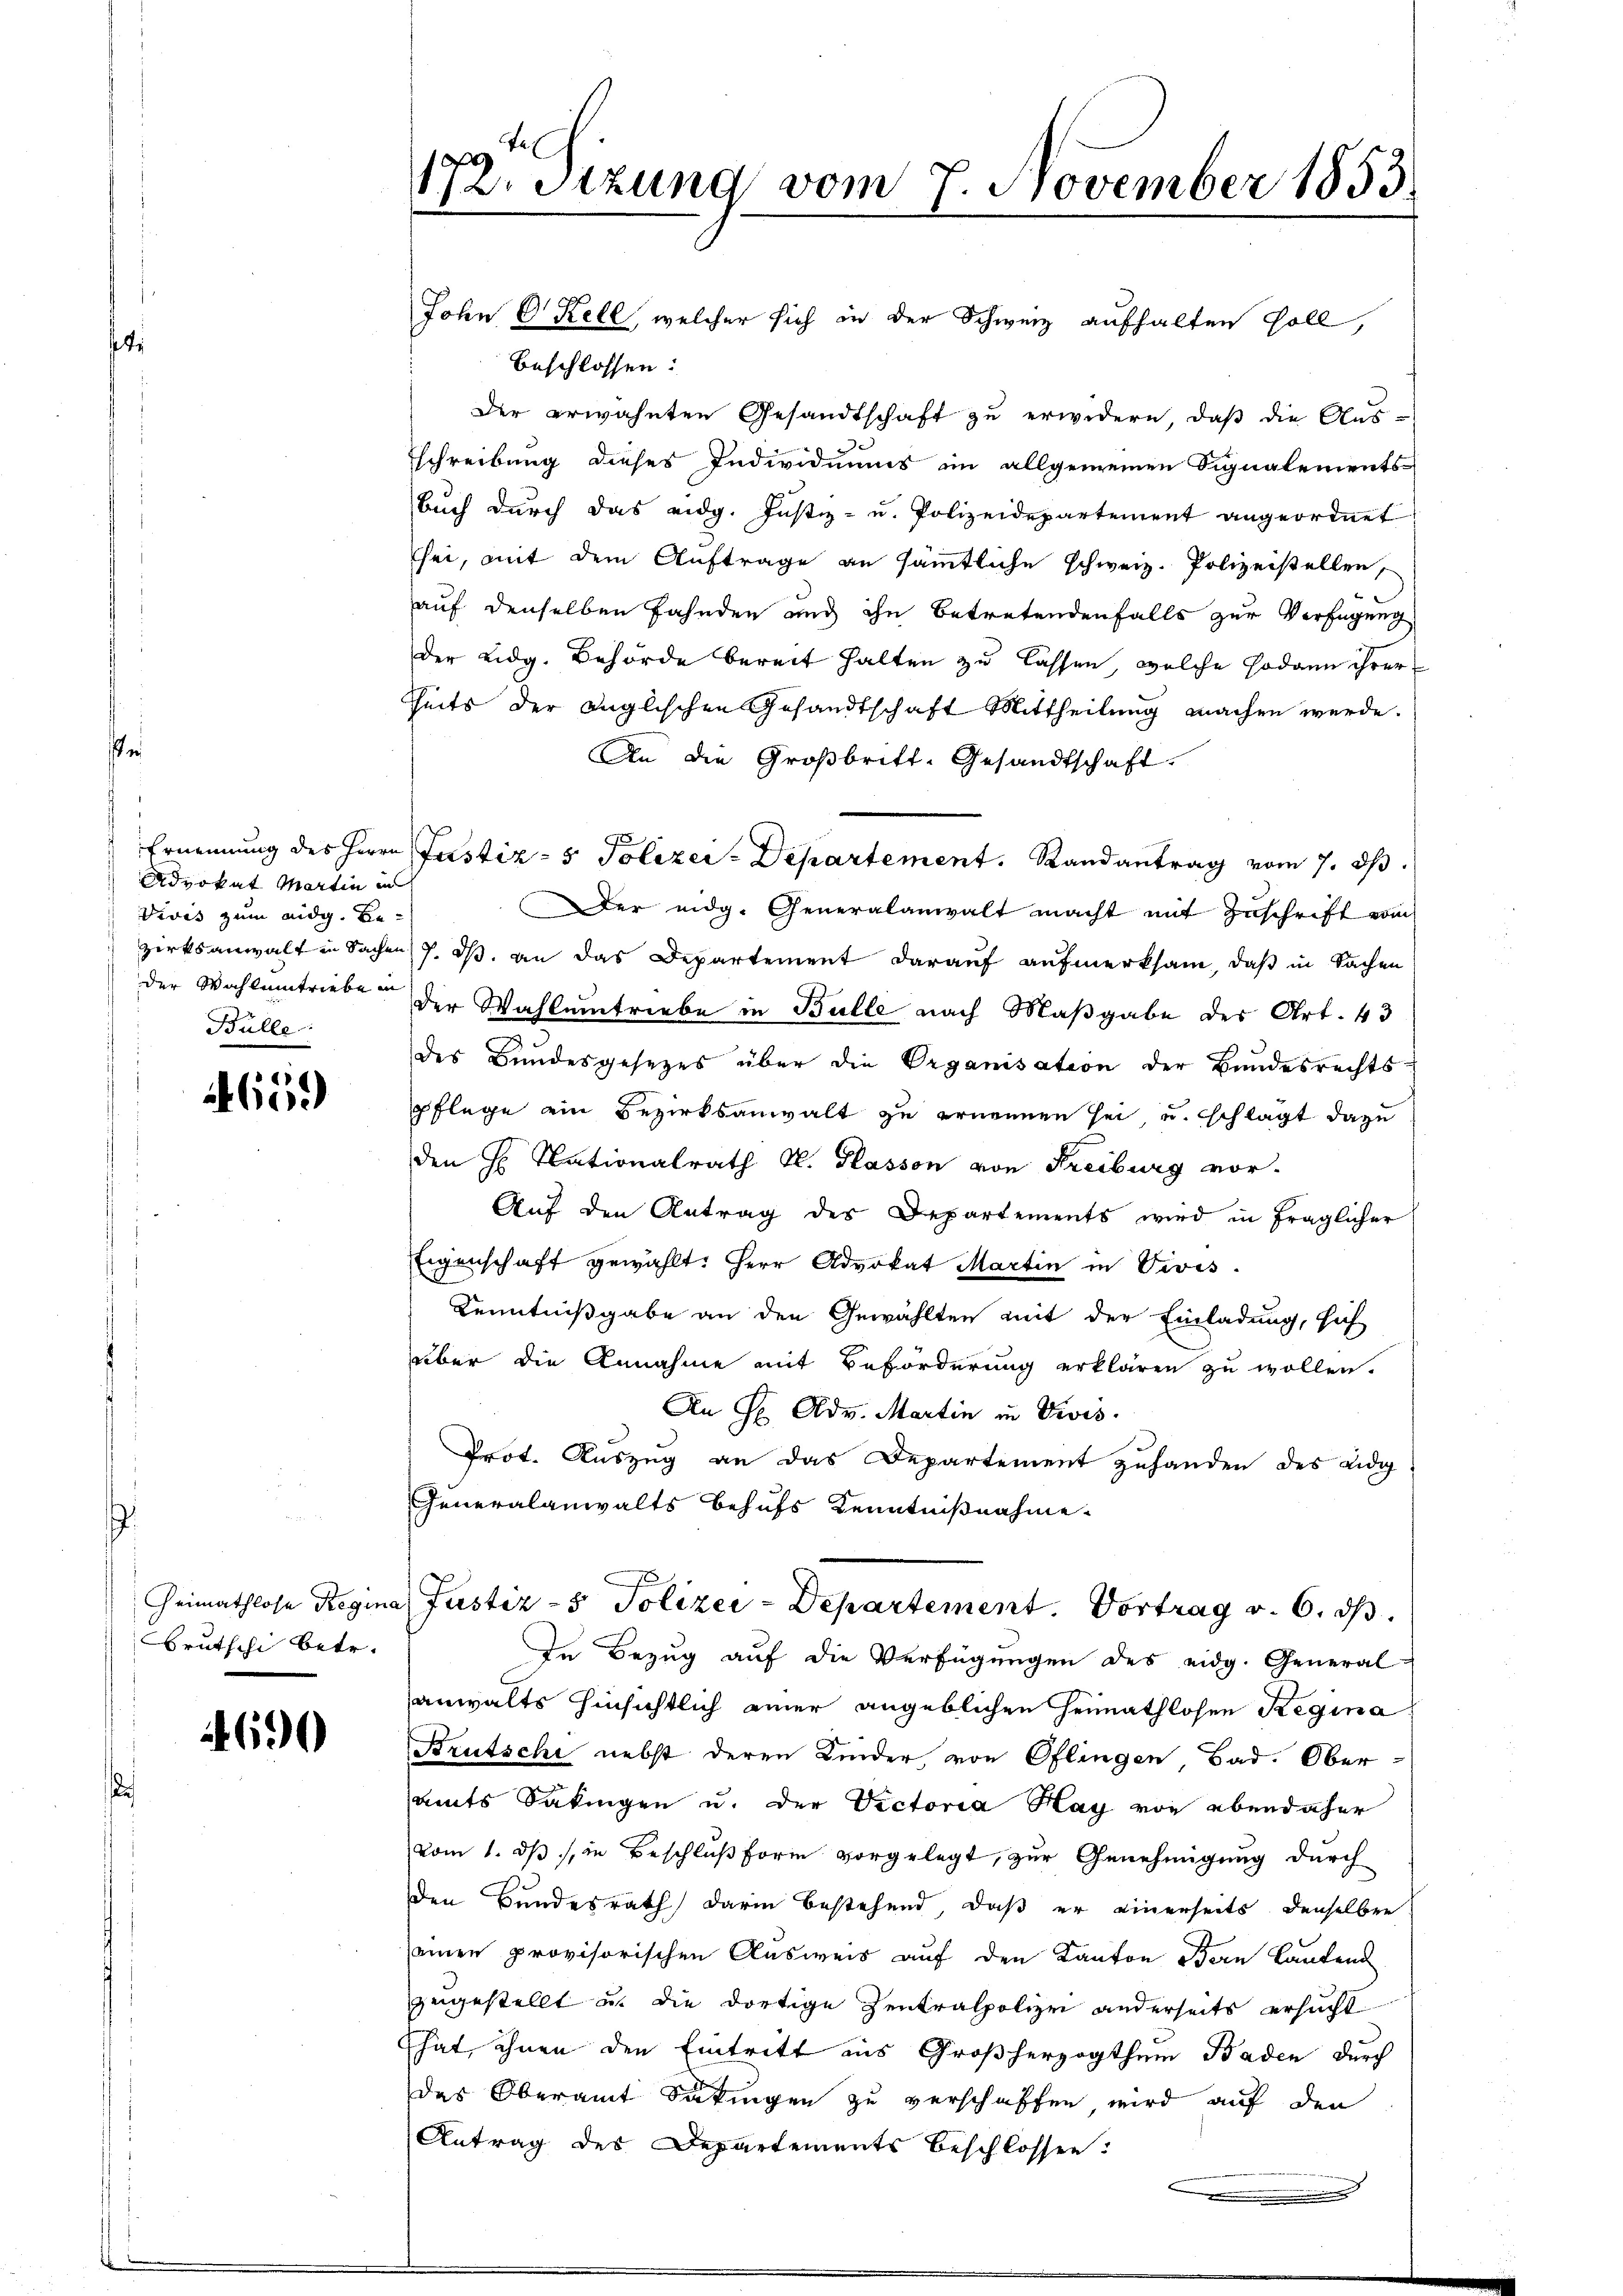
Advokat Martin in
Vivis zum eidg. Be-
Bülle

88
600

Brutschi betr.

690

John O Kell, welcher sich in der Schweiz aufhalten soll,
beschlossen:
Der erwähnten Gesandtschaft zu erwidern, daß die Aus-
schreibung dieses Individuums im allgemeinen Signalements
Auch durch das eidg. Justiz- u. Polizeidepartement angeordnet
sei, mit dem Auftrage an sämmtliche schweiz. Polizeistellen,
auf denselben Fahnden und ihn betretendenfalls zur Verfügung
Der Lidg. Behörde bereit halten zu lassen, welche sodann ihrer
kheits der Anglischen Gesandtschaft Mittheilung machen werde.
An die Großbritt. Gesandtschaft.
Der eidg. Generalanwalt macht mit Zuschrift vom
zirksanwalt in Sachen 7. ds. an das Departement darauf aufmerksam, daß in Sachen
der Wahlamtriebe der Wahlamtriebe in Bulle nach Maßgabe des Art. 43
des Bundesgesetzes über die Organisation der Bundesrechts-
pflege ein Bezirksanwalt zu ernennen sei und schlägt dazu
den H. Nationalrath M. Passon von Freiburg vor-
Auf den Antrag des Departements wird in fraglicher
Eigenschaft gewählt: Herr Advokat Martin in Vivis.
Kenntnißgabe an den Gewählten mit der Einladung, sich
über die Annahme mit Beförderung erklären zu wollen.
An Hr. Adv. Martin in Divis.
Prot. Auszug an das Departement zuhanden des Eidg
Generalanwalts behufs Kenntnißnahme
Heimathlose Regina Justiz- & Polizei-Departement. Vortrag v. 6. ds.
In Bezug auf die Verfügungen des eidg. General-
anwalts hinsichtlich einer angeblichen Heimathlosen Regina
Brutschi nebst deren Kinder, von Oflingen, Bad. Ober-
amts Säkingen u. der Victoria Hay von ebendaher
vom 1. ds., in Beschluß form vorgelegt, zur Genehmigung durch
den Bundesrath darin bestehend, daß er einerseits denselben
seinen provisorischen Ausweis auf den Kanton Bern lautend
zugestellt u. die dortige Zentralpolizei anderseits ersucht.
That ihnen den Eintritt aus Großherzogthum Baden durch
das Oberamt Säkingen zu verschaffen, wird auf den
Antrag des Departements beschlossen:

,
ritzung vom 7. November 1853.

Ernennung des Herrn Justiz- & Polizei-Departement. Randantrag vom 7. d.